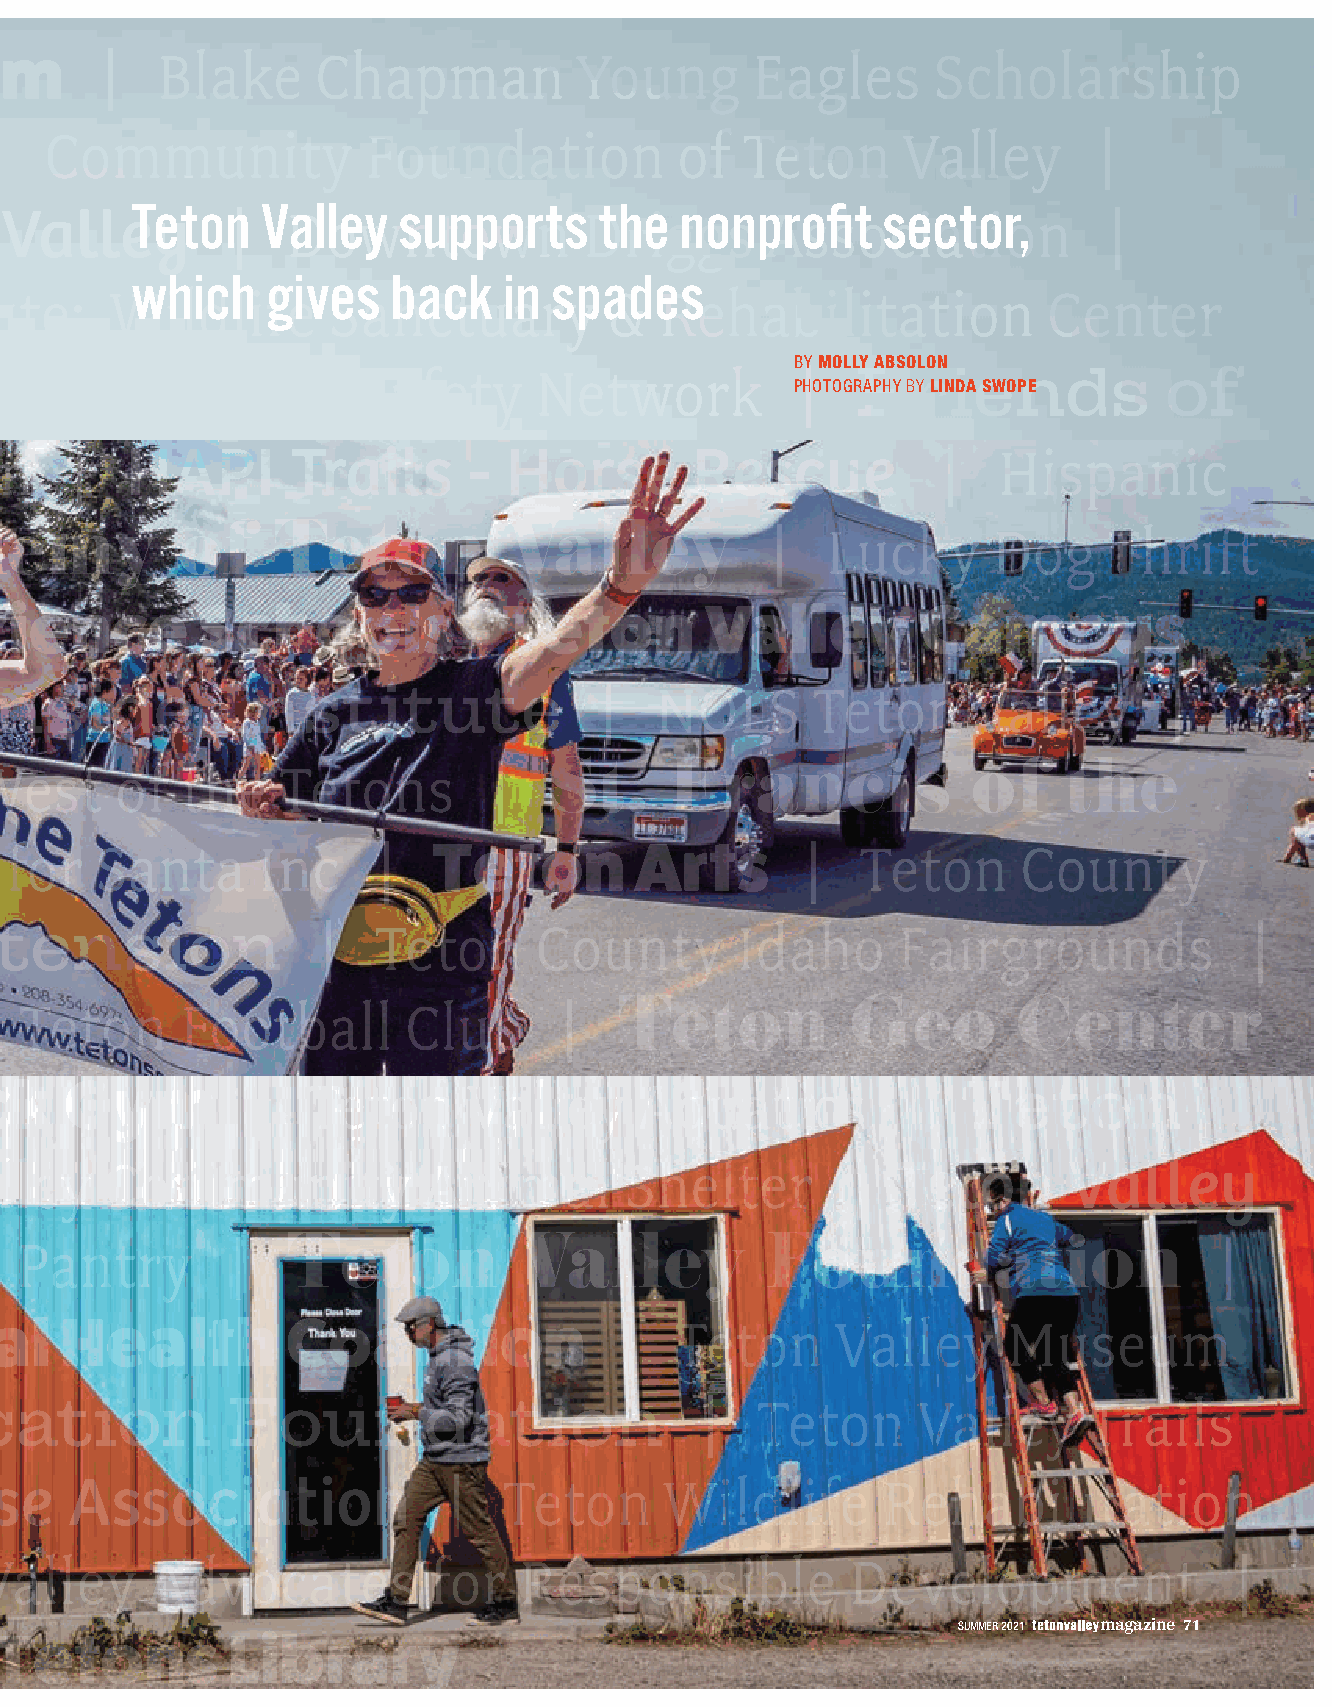
ABC - Above and Beyond the Classroom | Blake Chapman Young Eagles Scholarship
 Fund | Church in the Tetons | Community Foundation of Teton Valley       |
 Teton   Valley   supports      the  nonprofit    sector,
 Community Resource Center of Teton Valley | Downtown Driggs Association  |
 Lean On Me
 which    gives   back   in spades
 | Earthfire Institute: Wildlife Sanctuary & Rehabilitation           Center
 Driggs Head Start
 BY MOLLY ABSOLON
 | Education Foundation of Teton Valley | Family Safety Network | Friends     of
 PHOTOGRAPHY BY LINDA SWOPE
 the Teton River | Full Circle Education | HAPI Trails - Horse Rescue | Hispanic
 Resource Center |                                  |   Lucky      Dog    Thrift
 The Learning Academy of Teton    Valley
 Store | Mountain Academy Teton Science Schools - Teton Valley Campus
 | Mountain Bike the Tetons | Mountainside Institute | NOLS Teton Valley      |
 Rotary Club of Teton Valley | Seniors West of the Tetons |
 St.     Francis             of    the
 | Subs for Santa Inc     |   Teton        Arts       |   Teton     County
 Tetons Episcopal Church
 Idaho 4-H | Teton County Idaho Extension | Teton County Idaho Fairgrounds          |
 Teton County Idaho Search and Rescue | Teton Football Club |
 Teton          Geo        Center
 | Teton Regional Land Trust | Teton Rock Gym | Teton Valley Aquatics | Teton
 Valley Balloon Rally Inc | Teton Valley Community Animal Shelter | Teton Valley
 Community Recycling | Teton Valley Food Pantry |                                 |
 Teton          Valley           Foundation
 Teton Valley Health | Teton Valley Mental Health Coalition | Teton Valley Museum
 Foundation | Teton Valley Ski Education Foundation | Teton   Valley     Trails
 and Pathways | Teton Valley Youth Lacrosse Association | Teton Wildlife Rehabilitation
 Center | | Valley Advocates for   Responsible           Development               |
 Valley Adaptive Sports
 SUMMER 2021 magazine 71
 Valley of the Tetons Library